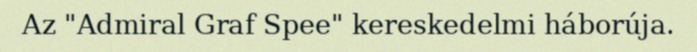
Az "Admiral Graf Spee" kereskedelmi háborúja.